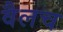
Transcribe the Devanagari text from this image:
वैलच